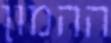
ההמון